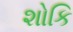
શોકિ